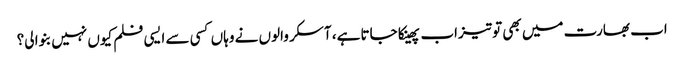
اب بھارت میں بھی تو تیزاب پھینکا جاتا ہے، آسکر والوں نے وہاں کسی سے ایسی فلم کیوں نہیں بنوا لی؟